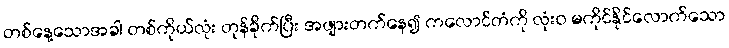
တစ်နေ့သောအခါ တစ်ကိုယ်လုံး တုန်ခိုက်ပြီး အဖျားတက်နေ၍ ကလောင်တံကို လုံးဝ မကိုင်နိုင်လောက်သော